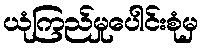
ယုံကြည်မှုပေါင်းစုံမှ